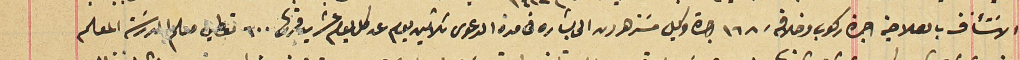
الاسَتئناف بالصلاحية اجرة ركوب وخلافه ١٦٨ اجرة وكيل مسَتر هرون الى بشاره في مدة الدعوى ثلاثين يوم عن كل يوم عشرين قرش ٦٠٠ تعطي معلم المدرسَة المعلم